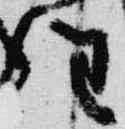
任